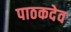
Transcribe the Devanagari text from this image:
पाठकदेव